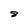
Character: 8